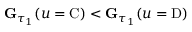
\mathbf { G } _ { \tau _ { 1 } } ( u = \mathrm { C } ) < \mathbf { G } _ { \tau _ { 1 } } ( u = \mathrm { D } )